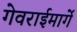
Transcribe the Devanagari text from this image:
गेवराईमार्गे